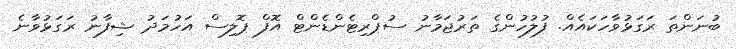
ބުނަންތަ ރަގަޅުވާހަކައެއް. ފުލުހުންގެ ތަރުޖަމާނު ސުޕްރިޓެންޑެންޓް އޮފް ޕޮލިސް އަހުމަދު ޝިފާނު ރަގަޅުވާނެ